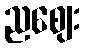
ညဈေး